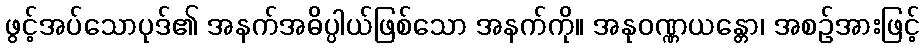
ဖွင့်အပ်သောပုဒ်၏ အနက်အဓိပ္ပါယ်ဖြစ်သော အနက်ကို။ အနုဝဏ္ဏယန္တော၊ အစဉ်အားဖြင့်